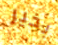
بخير